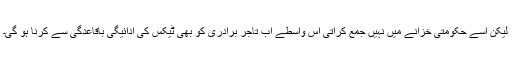
لیکن اسے حکومتی خزانے میں نہیں جمع کراتی اس واسطے اب تاجر برادری کو بھی ٹیکس کی ادائیگی باقاعدگی سے کرنا ہو گی۔